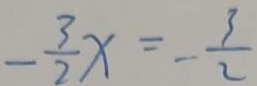
- \frac { 3 } { 2 } x = - \frac { 3 } { 2 }